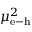
\mu _ { \mathrm { e } - \mathrm { h } } ^ { 2 }